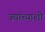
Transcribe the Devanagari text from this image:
ज्यांच्याशी